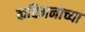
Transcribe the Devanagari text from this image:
कविमनाच्या